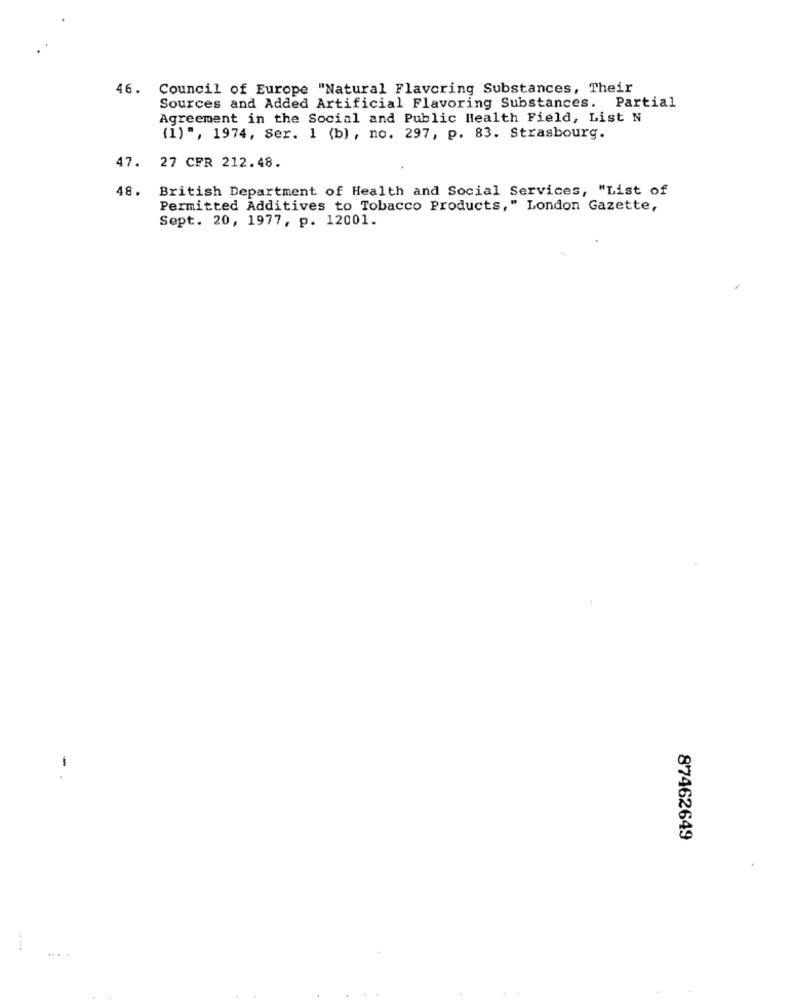
46.
Council of Europe "Natural Flavoring Substances, Their
Sources and Added Artificial Flavoring Substances. Partial
Agreement in the Social and Public Health Field, List N
(1) ", 1974, Ser. 1 (b) , no. 297, p. 83. Strasbourg.
47. 27 CFR 212.48.
British Department of Health and Social Services, "List of
48.
Permitted Additives to Tobacco Products," London Gazette,
Sept. 20, 1977, p. 12001.
-
87462649